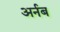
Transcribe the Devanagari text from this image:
अर्नब